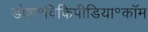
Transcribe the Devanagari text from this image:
डोश॰विकिपीडिया॰कॉम